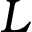
L